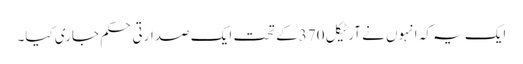
ایک یہ کہ انہوں نے آرٹیکل 370کے تحت ایک صدارتی حکم جاری کیا۔